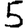
Digit: 5